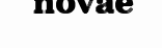
novae